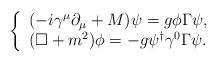
LaTeX: \begin{align*}\left\{\begin{array}{l}(-i\gamma^\mu\partial_\mu+M)\psi = g \phi\Gamma\psi, \\(\Box+m^2) \phi = -g \psi^\dagger\gamma^0\Gamma\psi.\end{array}\right.\end{align*}